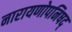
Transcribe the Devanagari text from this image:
नारायणोपनिषद्